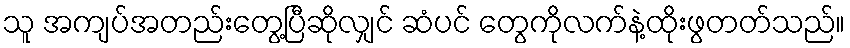
သူ အကျပ်အတည်းတွေ့ပြီဆိုလျှင် ဆံပင် တွေကိုလက်နဲ့ထိုးဖွတတ်သည်။